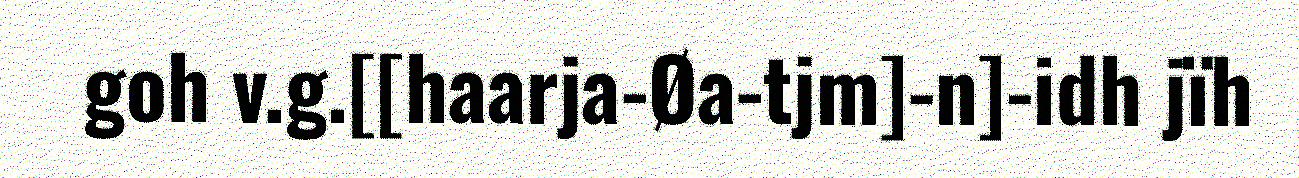
goh v.g.[[haarja-Øa-tjm]-n]-idh jïh